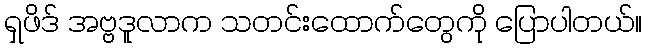
ရှဖိဒ် အဗ္ဗဒူလာက သတင်းထောက်တွေကို ပြောပါတယ်။